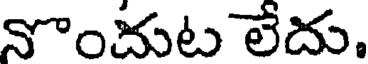
నొందుట లేదు.